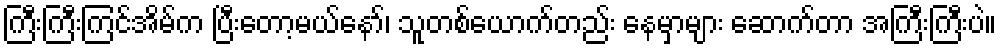
ကြီးကြီးကြင်အိမ်က ပြီးတော့မယ်နော်၊ သူတစ်ယောက်တည်း နေမှာများ ဆောက်တာ အကြီးကြီးပဲ။